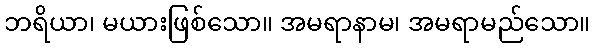
ဘရိယာ၊ မယားဖြစ်သော။ အမရာနာမ၊ အမရာမည်သော။